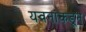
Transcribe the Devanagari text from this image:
यवनांकडून